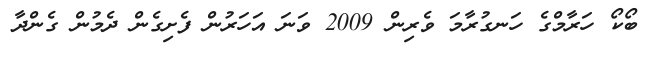
ބޯކޯ ހަރާމްގެ ހަނގުރާމަ ވެރިން 2009 ވަނަ އަހަރުން ފެށިގެން ދެމުން ގެންދާ